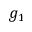
g _ { 1 }